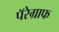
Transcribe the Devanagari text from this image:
पॅरेग्राफ